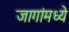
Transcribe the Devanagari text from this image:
जागांमध्ये